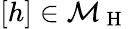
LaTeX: [h]\in\mathcal{M}_{\mathrm{~H~}}